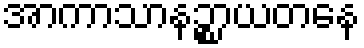
အာကာသာနဉ္စာယတနေ